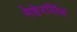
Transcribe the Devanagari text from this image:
मेहेरसिंह